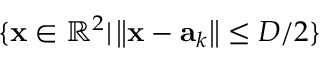
\{ \mathbf { x } \in \mathbb { R } ^ { 2 } | \left\| \mathbf { x } - \mathbf { a } _ { k } \right\| \leq D / 2 \}